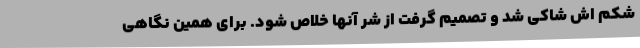
شکم‌ اش شاکی شد و تصمیم گرفت از شر آنها خلاص شود. برای همین نگاهی